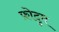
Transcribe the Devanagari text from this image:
फ़ोदुम